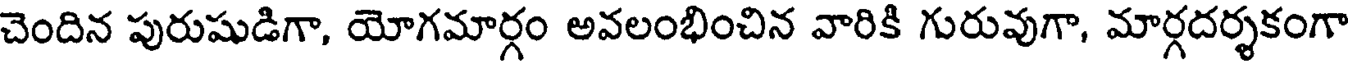
చెందిన పురుషుడిగా, యోగమార్గం అవలంభించిన వారికి గురువుగా, మార్గదర్శకంగా